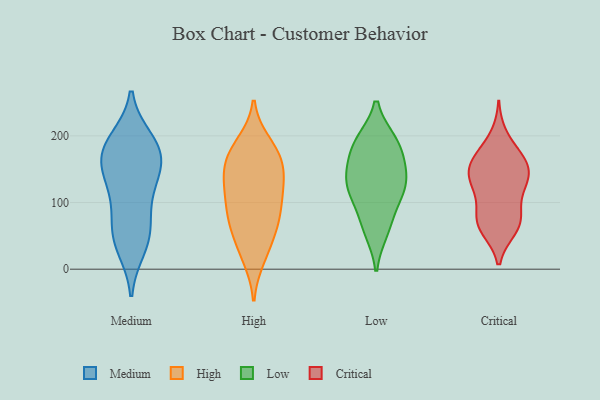
{"axis": {"x": "Net Income (USD K)", "y": "Value"}, "legend": ["Critical", "High", "Low", "Medium"], "data": [{"x": "", "y": 171, "type": "Medium"}, {"x": "", "y": 107, "type": "Medium"}, {"x": "", "y": 122, "type": "Medium"}, {"x": "", "y": 33, "type": "Medium"}, {"x": "", "y": 64, "type": "Medium"}, {"x": "", "y": 178, "type": "Medium"}, {"x": "", "y": 138, "type": "Medium"}, {"x": "", "y": 193, "type": "Medium"}, {"x": "", "y": 58, "type": "Medium"}, {"x": "", "y": 157, "type": "Medium"}, {"x": "", "y": 167, "type": "Medium"}, {"x": "", "y": 44, "type": "Medium"}, {"x": "", "y": 189, "type": "Medium"}, {"x": "", "y": 172, "type": "High"}, {"x": "", "y": 189, "type": "High"}, {"x": "", "y": 143, "type": "High"}, {"x": "", "y": 79, "type": "High"}, {"x": "", "y": 144, "type": "High"}, {"x": "", "y": 122, "type": "High"}, {"x": "", "y": 162, "type": "High"}, {"x": "", "y": 166, "type": "High"}, {"x": "", "y": 79, "type": "High"}, {"x": "", "y": 183, "type": "High"}, {"x": "", "y": 17, "type": "High"}, {"x": "", "y": 110, "type": "High"}, {"x": "", "y": 129, "type": "High"}, {"x": "", "y": 106, "type": "High"}, {"x": "", "y": 77, "type": "High"}, {"x": "", "y": 62, "type": "High"}, {"x": "", "y": 49, "type": "High"}, {"x": "", "y": 24, "type": "High"}, {"x": "", "y": 141, "type": "Low"}, {"x": "", "y": 138, "type": "Low"}, {"x": "", "y": 68, "type": "Low"}, {"x": "", "y": 58, "type": "Low"}, {"x": "", "y": 191, "type": "Low"}, {"x": "", "y": 121, "type": "Low"}, {"x": "", "y": 187, "type": "Low"}, {"x": "", "y": 120, "type": "Low"}, {"x": "", "y": 107, "type": "Low"}, {"x": "", "y": 161, "type": "Low"}, {"x": "", "y": 190, "type": "Low"}, {"x": "", "y": 74, "type": "Critical"}, {"x": "", "y": 60, "type": "Critical"}, {"x": "", "y": 159, "type": "Critical"}, {"x": "", "y": 131, "type": "Critical"}, {"x": "", "y": 80, "type": "Critical"}, {"x": "", "y": 137, "type": "Critical"}, {"x": "", "y": 155, "type": "Critical"}, {"x": "", "y": 171, "type": "Critical"}, {"x": "", "y": 87, "type": "Critical"}, {"x": "", "y": 62, "type": "Critical"}, {"x": "", "y": 133, "type": "Critical"}, {"x": "", "y": 164, "type": "Critical"}, {"x": "", "y": 161, "type": "Critical"}, {"x": "", "y": 127, "type": "Critical"}, {"x": "", "y": 200, "type": "Critical"}, {"x": "", "y": 119, "type": "Critical"}, {"x": "", "y": 64, "type": "Critical"}]}